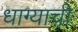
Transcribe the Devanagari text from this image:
धाग्याची